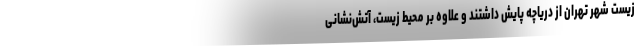
زیست شهر تهران از دریاچه پایش داشتند و علاوه بر محیط زیست، آتش‌نشانی